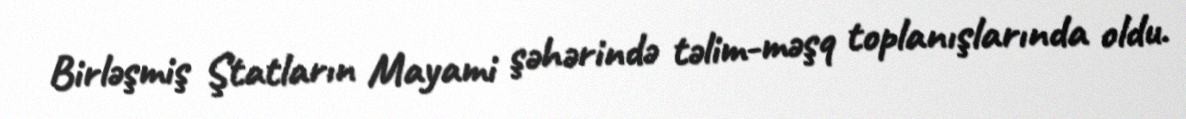
Birləşmiş Ştatların Mayami şəhərində təlim-məşq toplanışlarında oldu.